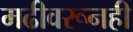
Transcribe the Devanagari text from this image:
मढीवरूनही